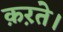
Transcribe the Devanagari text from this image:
क़ऱते।